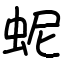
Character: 蚭